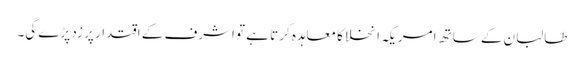
طالبان کے ساتھ امریکہ انخلا کا معاہدہ کرتا ہے تو اشرف کے اقتدار پر زد پڑے گی۔